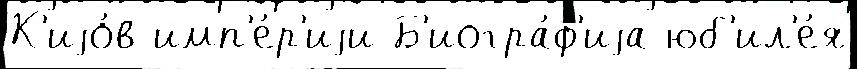
К'иjо́в имп'е́р'иjи Б'иогра́ф'иjа юб'ил'е́я